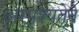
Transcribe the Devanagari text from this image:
अस्पृश्यतेने